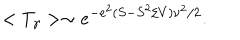
< T _ { \gamma } > \sim e ^ { - e ^ { 2 } ( S - S ^ { 2 } / V ) \nu ^ { 2 } / 2 } .